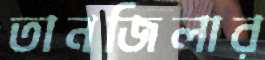
তানজিলার